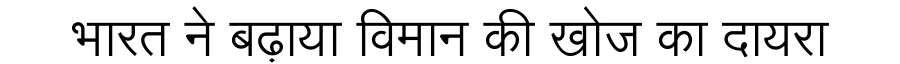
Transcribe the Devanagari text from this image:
भारत ने बढ़ाया विमान की खोज का दायरा